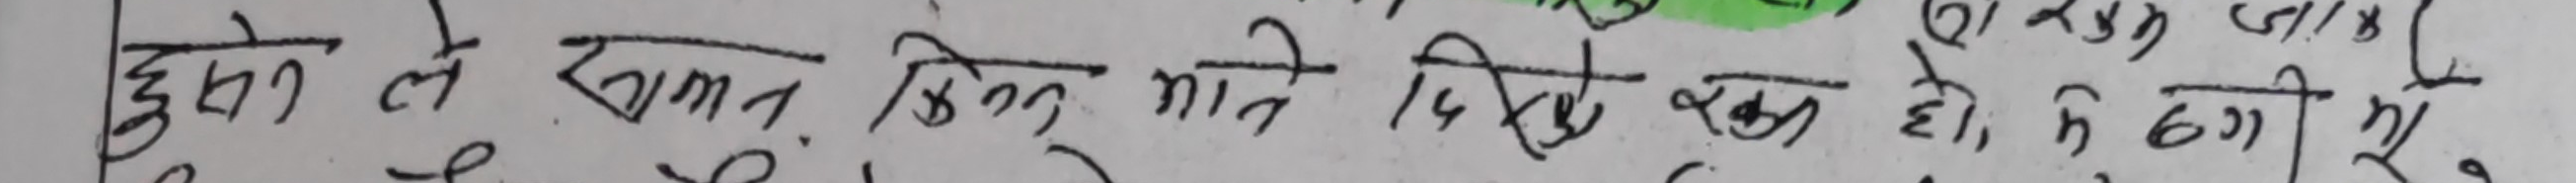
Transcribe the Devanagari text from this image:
हुने ले खाना भिन्न मानि दिइएकाे खाे हाे, नि हुगी थ्यो।